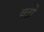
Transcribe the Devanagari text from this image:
वटों